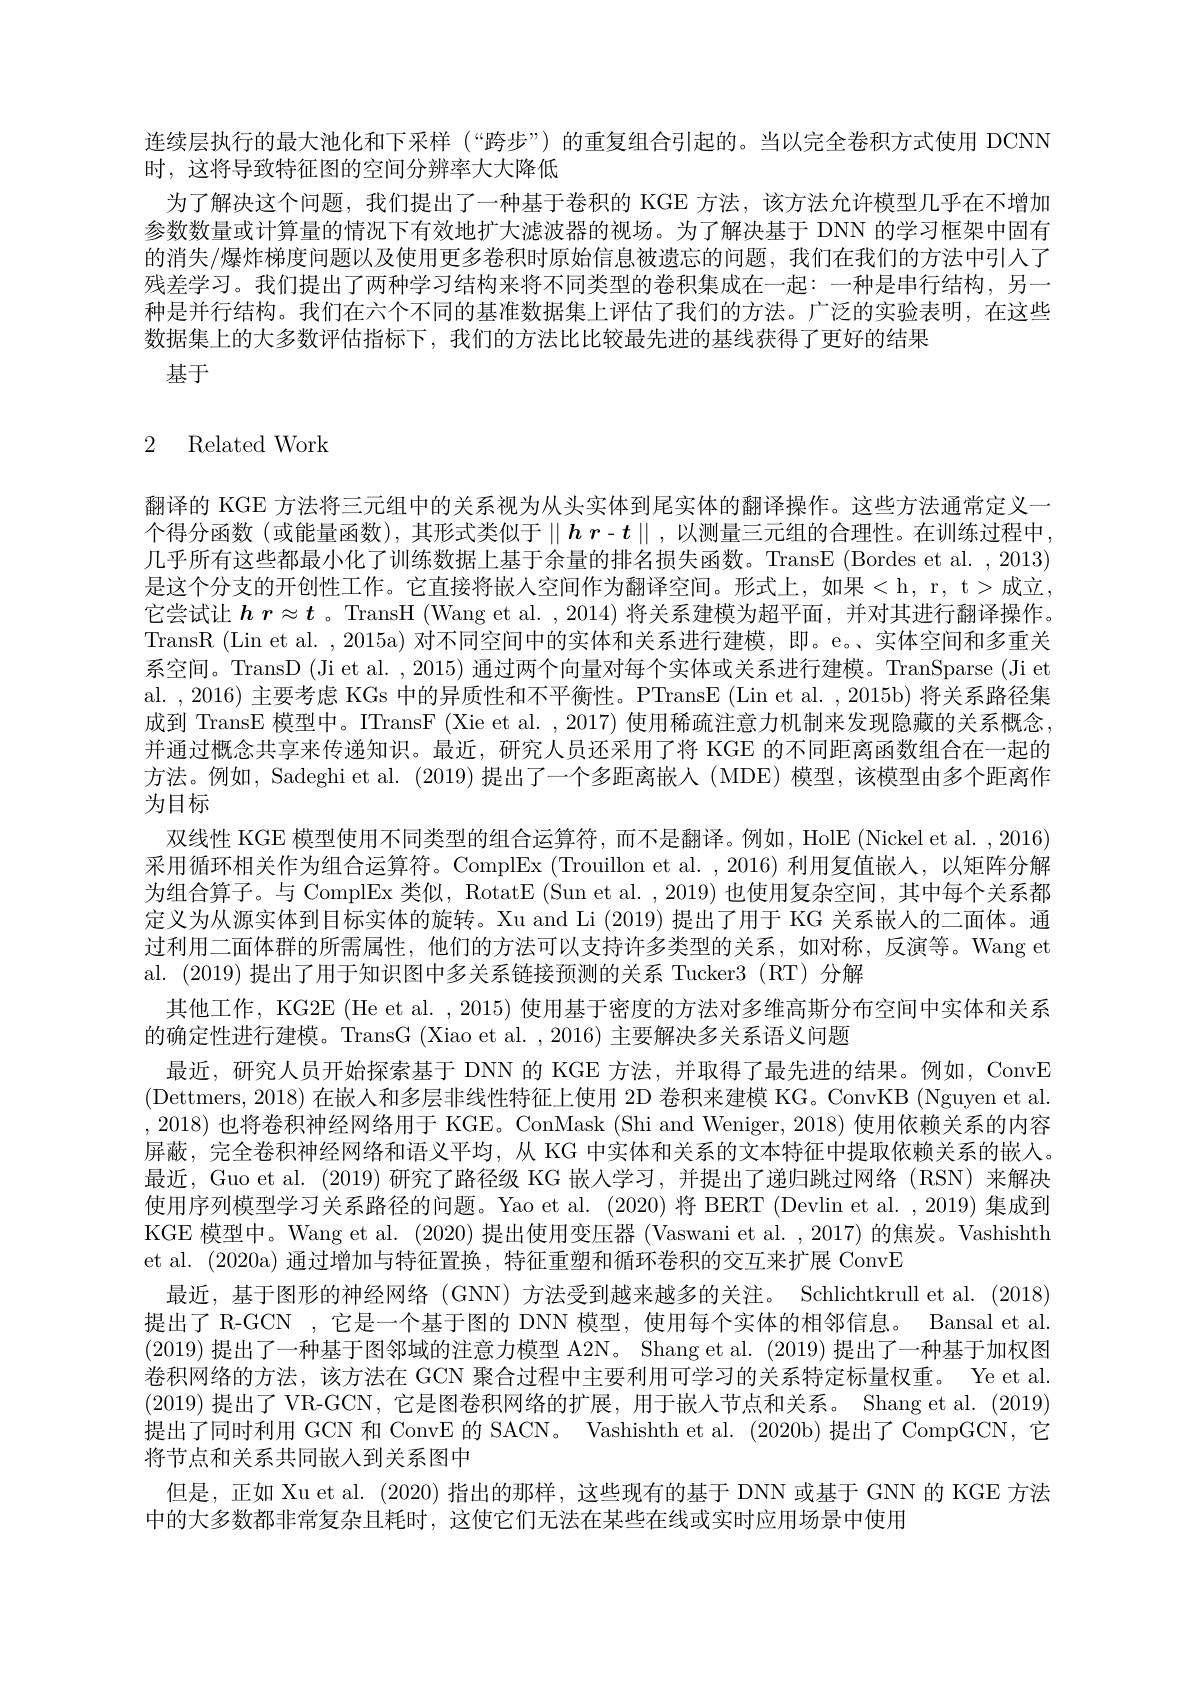
连续层执行的最大池化和下采样 (“跨步”)的重复组合引起的。当以完全卷积方式使用 DCNN
时，这将导致特征图的空间分辨率大大降低
为了解决这个问题，我们提出了一种基于卷积的 KGE 方法，该方法允许模型几乎在不增加参数数量或计算量的情况下有效地扩大滤波器的视场。为了解决基于 DNN 的学习框架中固有的消失/爆炸梯度问题以及使用更多卷积时原始信息被遗忘的问题，我们在我们的方法中引人了残差学习。我们提出了两种学习结构来将不同类型的卷积集成在一起：一种是串行结构，另一种是并行结构。我们在六个不同的基准数据集上评估了我们的方法。广泛的实验表明，在这些数据集上的大多数评估指标下，我们的方法比比较最先进的基线获得了更好的结果
基于

## 2 Related Work

翻译的 KGE 方法将三元组中的关系视为从头实体到尾实体的翻译操作。这些方法通常定义一个得分函数(或能量函数),其形式类似于$\parallel\boldsymbol{h}\left.\boldsymbol{r}-\boldsymbol{t}\parallel,\text{以测量三元组的合理性。在训练过程中},\right]$ 几乎所有这些都最小化了训练数据上基于余量的排名损失函数。TransE (Bordes et al. , 2013) 是这个分支的开创性工作。它直接将嵌人空间作为翻译空间。形式上，如果<h,r,t>成立， 它尝试让$hr\approx t$ 。TransH (Wang et al. ,2014) 将关系建模为超平面，并对其进行翻译操作。TransR (Lin et al. , 2015a) 对不同空间中的实体和关系进行建模，即。e。、实体空间和多重关系空间。TransD (Ji et al. ,2015)通过两个向量对每个实体或关系进行建模。TranSparse (Ji et al. , 2016) 主要考虑 KGs 中的异质性和不平衡性。PTransE (Lin et al. , 2015b) 将关系路径集成到 TransE 模型中。ITransF (Xie et al. , 2017) 使用稀疏注意力机制来发现隐藏的关系概念， 并通过概念共享来传递知识。最近，研究人员还采用了将 KGE 的不同距离函数组合在一起的方法。例如，Sadeghi et al. (2019) 提出了一个多距离嵌人 (MDE) 模型，该模型由多个距离作为目标
双线性 KGE 模型使用不同类型的组合运算符，而不是翻译。例如，HolE (Nickel et al. ,2016) 采用循环相关作为组合运算符。ComplEx (Trouillon et al. ,2016) 利用复值嵌人，以矩阵分解为组合算子。与 ComplEx 类似，RotatE (Sun et al. , 2019) 也使用复杂空间，其中每个关系都定义为从源实体到目标实体的旋转。Xu and Li (2019) 提出了用于 KG 关系嵌人的二面体。通过利用二面体群的所需属性，他们的方法可以支持许多类型的关系，如对称，反演等。Wang et al. (2019) 提出了用于知识图中多关系链接预测的关系 Tucker3 (RT) 分解
其他工作，KG2E (He et al. , 2015) 使用基于密度的方法对多维高斯分布空间中实体和关系
的确定性进行建模。TransG (Xiao et al. , 2016) 主要解决多关系语义问题
最近，研究人员开始探索基于 DNN 的 KGE 方法，并取得了最先进的结果。例如，ConvE (Dettmers, 2018) 在嵌人和多层非线性特征上使用 2D 卷积来建模 KG。ConvKB (Nguyen et al. ,2018)也将卷积神经网络用于 KGE。ConMask (Shi and Weniger, 2018) 使用依赖关系的内容屏蔽，完全卷积神经网络和语义平均，从 KG 中实体和关系的文本特征中提取依赖关系的嵌人。最近，Guo et al. (2019) 研究了路径级 KG 嵌人学习，并提出了递归跳过网络 (RSN) 来解决使用序列模型学习关系路径的问题。Yao et al. (2020) 将 BERT (Devlin et al. ,2019) 集成到KGE 模型中。Wang et al. (2020) 提出使用变压器 (Vaswani et al. ,2017) 的焦炭。Vashishth et al. (2020a) 通过增加与特征置换，特征重塑和循环卷积的交互来扩展 ConvE
最近，基于图形的神经网络 (GNN) 方法受到越来越多的关注。Schlichtkrull et al. (2018) 提出了 R-GCN ,它是一个基于图的 DNN 模型，使用每个实体的相邻信息。Bansal et al. (2019)提出了一种基于图邻域的注意力模型 A2N。Shang et al. (2019)提出了一种基于加权图卷积网络的方法，该方法在 GCN 聚合过程中主要利用可学习的关系特定标量权重。Ye et al. (2019)提出了 VR-GCN, 它是图卷积网络的扩展，用于嵌人节点和关系。Shang et al. (2019) 提出了同时利用 GCN 和 ConvE 的 SACN。Vashishth et al. (2020b) 提出了 CompGCN, 它将节点和关系共同嵌入到关系图中
但是，正如 Xu et al. (2020) 指出的那样，这些现有的基于 DNN 或基于 GNN 的 KGE 方法
中的大多数都非常复杂且耗时，这使它们无法在某些在线或实时应用场景中使用